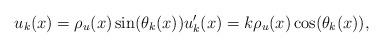
LaTeX: \begin{align*} u_k(x)= \rho_u(x) \sin(\theta_k(x)) u_k'(x)=k \rho_u(x)\cos(\theta_k(x)), \end{align*}